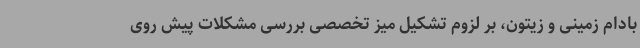
بادام زمینی و زیتون، بر لزوم تشکیل میز تخصصی بررسی مشکلات پیش روی